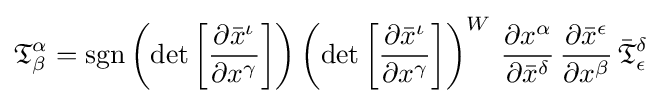
{\mathfrak {T}}_{\beta }^{\alpha }=\operatorname {sgn} \left(\det {\left[{\frac {\partial {\bar {x}}^{\iota }}{\partial {x}^{\gamma }}}\right]}\right)\left(\det {\left[{\frac {\partial {\bar {x}}^{\iota }}{\partial {x}^{\gamma }}}\right]}\right)^{W}\,{\frac {\partial {x}^{\alpha }}{\partial {\bar {x}}^{\delta }}}\,{\frac {\partial {\bar {x}}^{\epsilon }}{\partial {x}^{\beta }}}\,{\bar {\mathfrak {T}}}_{\epsilon }^{\delta }